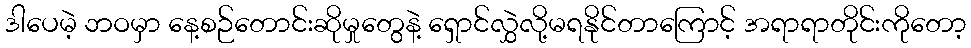
ဒါပေမဲ့ ဘဝမှာ နေ့စဉ်တောင်းဆိုမှုတွေနဲ့ ရှောင်လွှဲလို့မရနိုင်တာကြောင့် အရာရာတိုင်းကိုတော့